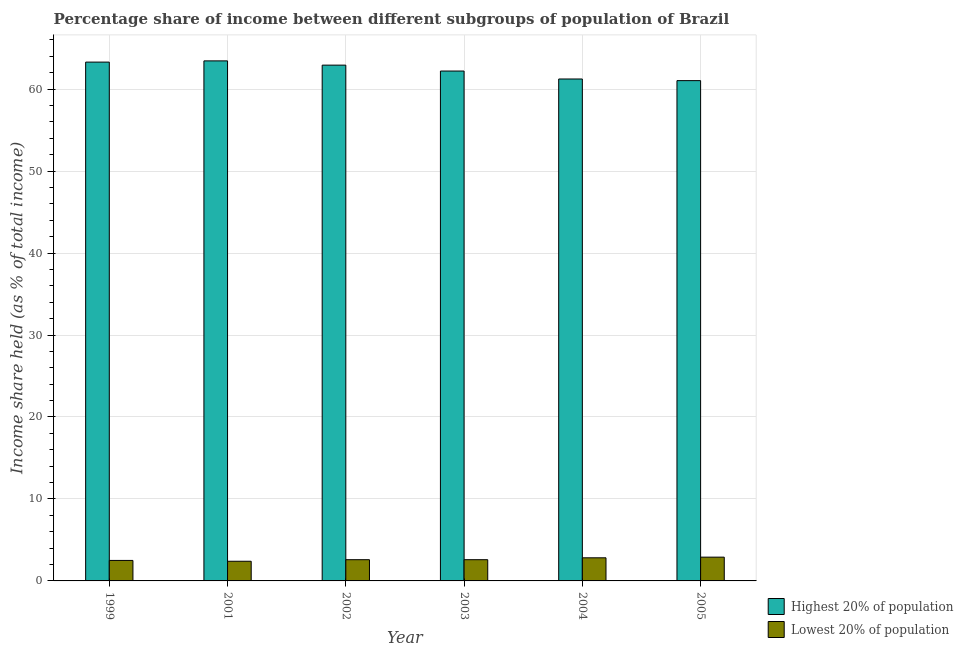
| Year | Highest 20% of population | Lowest 20% of population |
 | --- | --- | --- |
 | 1999 | 63.3 | 2.5 |
 | 2001 | 63.5 | 2.4 |
 | 2002 | 62.9 | 2.59 |
 | 2003 | 62.2 | 2.59 |
 | 2004 | 61.2 | 2.82 |
 | 2005 | 61 | 2.9 |